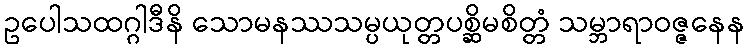
ဥပေါသထဂ္ဂါဒီနိ သောမနဿသမ္ပယုတ္တပစ္ဆိမစိတ္တံ သမ္ဘာရာဝဇ္ဇနေန